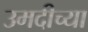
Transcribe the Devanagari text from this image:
उमदीच्या